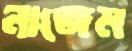
নাজেম